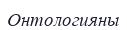
Онтологияны